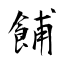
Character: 餔